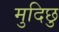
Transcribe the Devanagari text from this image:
मुदिछु